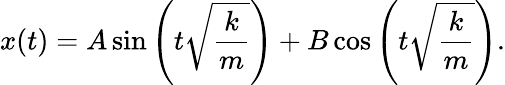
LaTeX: x(t)=A\sin\left(t{\sqrt{\frac{k}{m}}}\right)+B\cos\left(t{\sqrt{\frac{k}{m}}}\right).